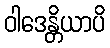
ဝါဒေန္တိယာပိ